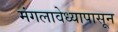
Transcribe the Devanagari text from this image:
मंगलावेध्यापासून